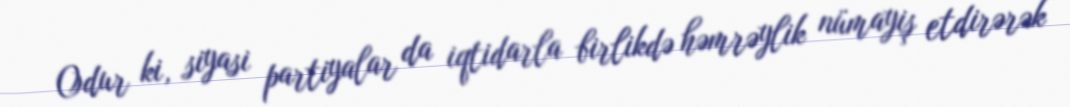
Odur ki, siyasi partiyalar da iqtidarla birlikdə həmrəylik nümayiş etdirərək